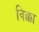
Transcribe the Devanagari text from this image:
विक्का